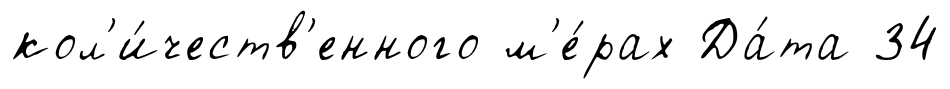
кол'и́честв'енного м'е́рах Да́та 34